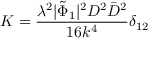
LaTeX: K = \frac { \lambda ^ { 2 } | \tilde { \Phi } _ { 1 } | ^ { 2 } D ^ { 2 } \bar { D } ^ { 2 } } { 1 6 k ^ { 4 } } \delta _ { 1 2 }